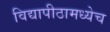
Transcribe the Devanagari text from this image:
विद्यापीठामध्येच